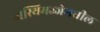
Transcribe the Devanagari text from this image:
अस्थिमज्जेमधील